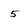
Character: 5